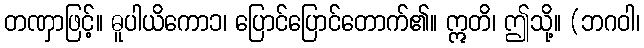
တဏှာဖြင့်။ ဓူပါယိကော၁၊ ပြောင်ပြောင်တောက်၏။ ဣတိ၊ ဤသို့။ (ဘဂဝါ၊